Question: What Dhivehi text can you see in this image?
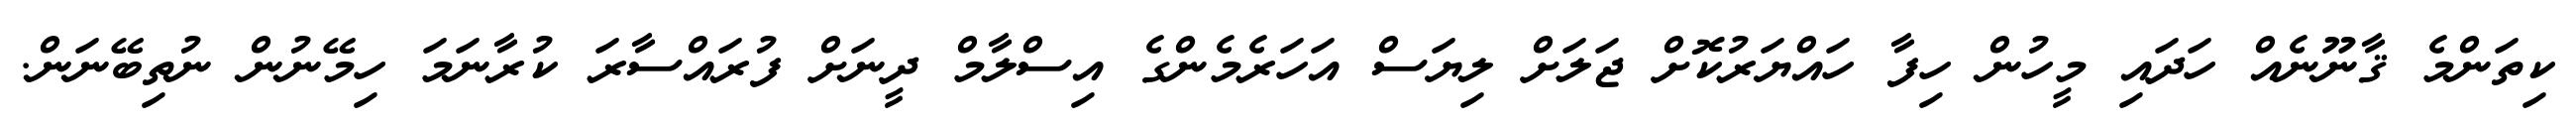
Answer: ކިތަންމެ ޤާނޫނެއް ހަދައި މީހުން ހިފާ ހައްޔަރުކޮށް ޖަލަށް ލިޔަސް އަހަރެމެންގެ އިސްލާމް ދީނަށް ފުރައްސާރަ ކުރާނަމަ ހިމޭނުން ނުތިބޭނަން.